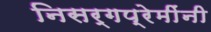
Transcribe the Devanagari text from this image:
निसर्गप्रेमींनी